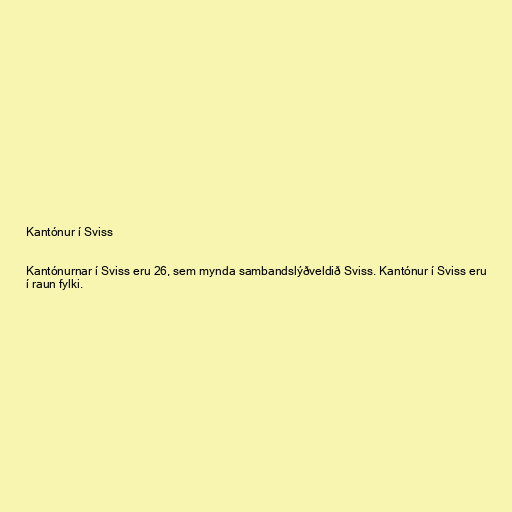
Kantónur í Sviss

Kantónurnar í Sviss eru 26, sem mynda sambandslýðveldið Sviss. Kantónur í Sviss eru
í raun fylki.